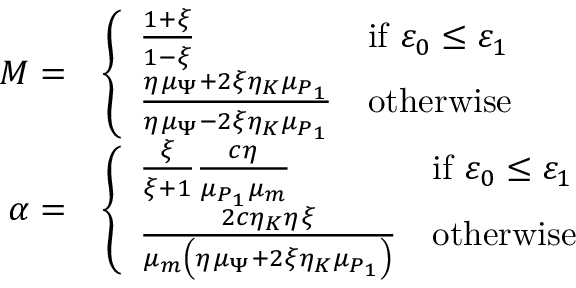
\begin{array} { r l } { M = } & { \left\{ \begin{array} { l l } { \frac { 1 + \xi } { 1 - \xi } } & { \mathrm { i f } ~ \varepsilon _ { 0 } \leq \varepsilon _ { 1 } } \\ { \frac { \eta _ { \L } \mu _ { \Psi } + 2 \xi \eta _ { K } \mu _ { P _ { 1 } } } { \eta _ { \L } \mu _ { \Psi } - 2 \xi \eta _ { K } \mu _ { P _ { 1 } } } } & { \mathrm { o t h e r w i s e } } \end{array} \right. } \\ { \alpha = } & { \left\{ \begin{array} { l l } { \frac { \xi } { \xi + 1 } \frac { c \eta _ { \L } } { \mu _ { P _ { 1 } } \mu _ { m } } } & { \mathrm { i f } ~ \varepsilon _ { 0 } \leq \varepsilon _ { 1 } } \\ { \frac { 2 c \eta _ { K } \eta _ { \L } \xi } { \mu _ { m } \left( \eta _ { \L } \mu _ { \Psi } + 2 \xi \eta _ { K } \mu _ { P _ { 1 } } \right) } } & { \mathrm { o t h e r w i s e } } \end{array} \right. } \end{array}